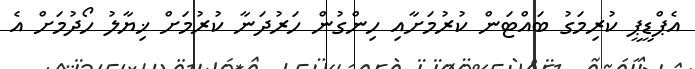
އެޕްޑީޕީ ކުރިމަގު ބައްޓަން ކުރުމަށާއި ހިންގުން ހަރުދަނާ ކުރުމަށް ޚިޔާލު ހޯދުމަށް އެ